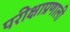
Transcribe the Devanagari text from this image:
परीक्षाप्रणाली